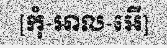
[កុំ-អាល-អើ]